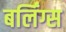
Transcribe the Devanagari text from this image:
बर्लिंग्स